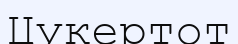
Цукертот